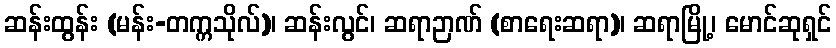
ဆန်းထွန်း (မန်း-တက္ကသိုလ်)၊ ဆန်းလွင်၊ ဆရာဉာဏ် (စာရေးဆရာ)၊ ဆရာမြို့၊ မောင်ဆုရှင်